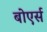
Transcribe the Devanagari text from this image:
बोएर्स